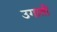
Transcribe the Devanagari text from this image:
उगाती